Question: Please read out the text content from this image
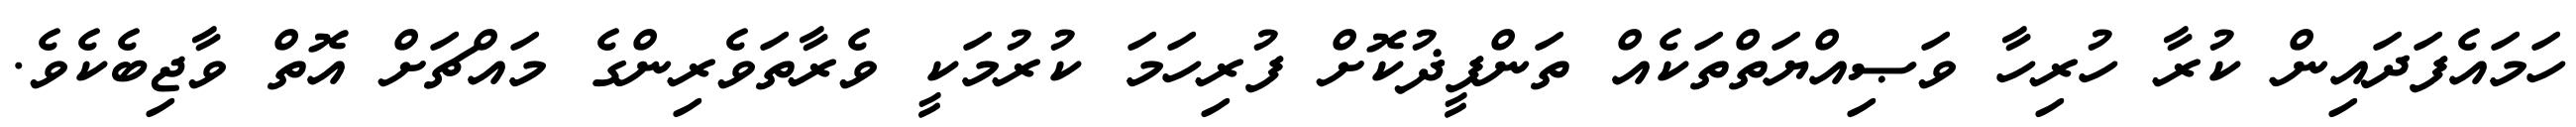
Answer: ހަމައެފަދައިން ކުރާ ހުރިހާ ވަޞިއްޔަތްތަކެއް ތަންފީޛުކޮށް ފުރިހަމަ ކުރުމަކީ ވެރާތަވެރިންގެ މައްޗަށް އޮތް ވާޖިބެކެވެ.